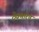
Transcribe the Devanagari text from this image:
ठेवणारेच